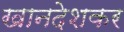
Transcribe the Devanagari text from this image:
खानदेशकर